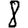
Digit: 8